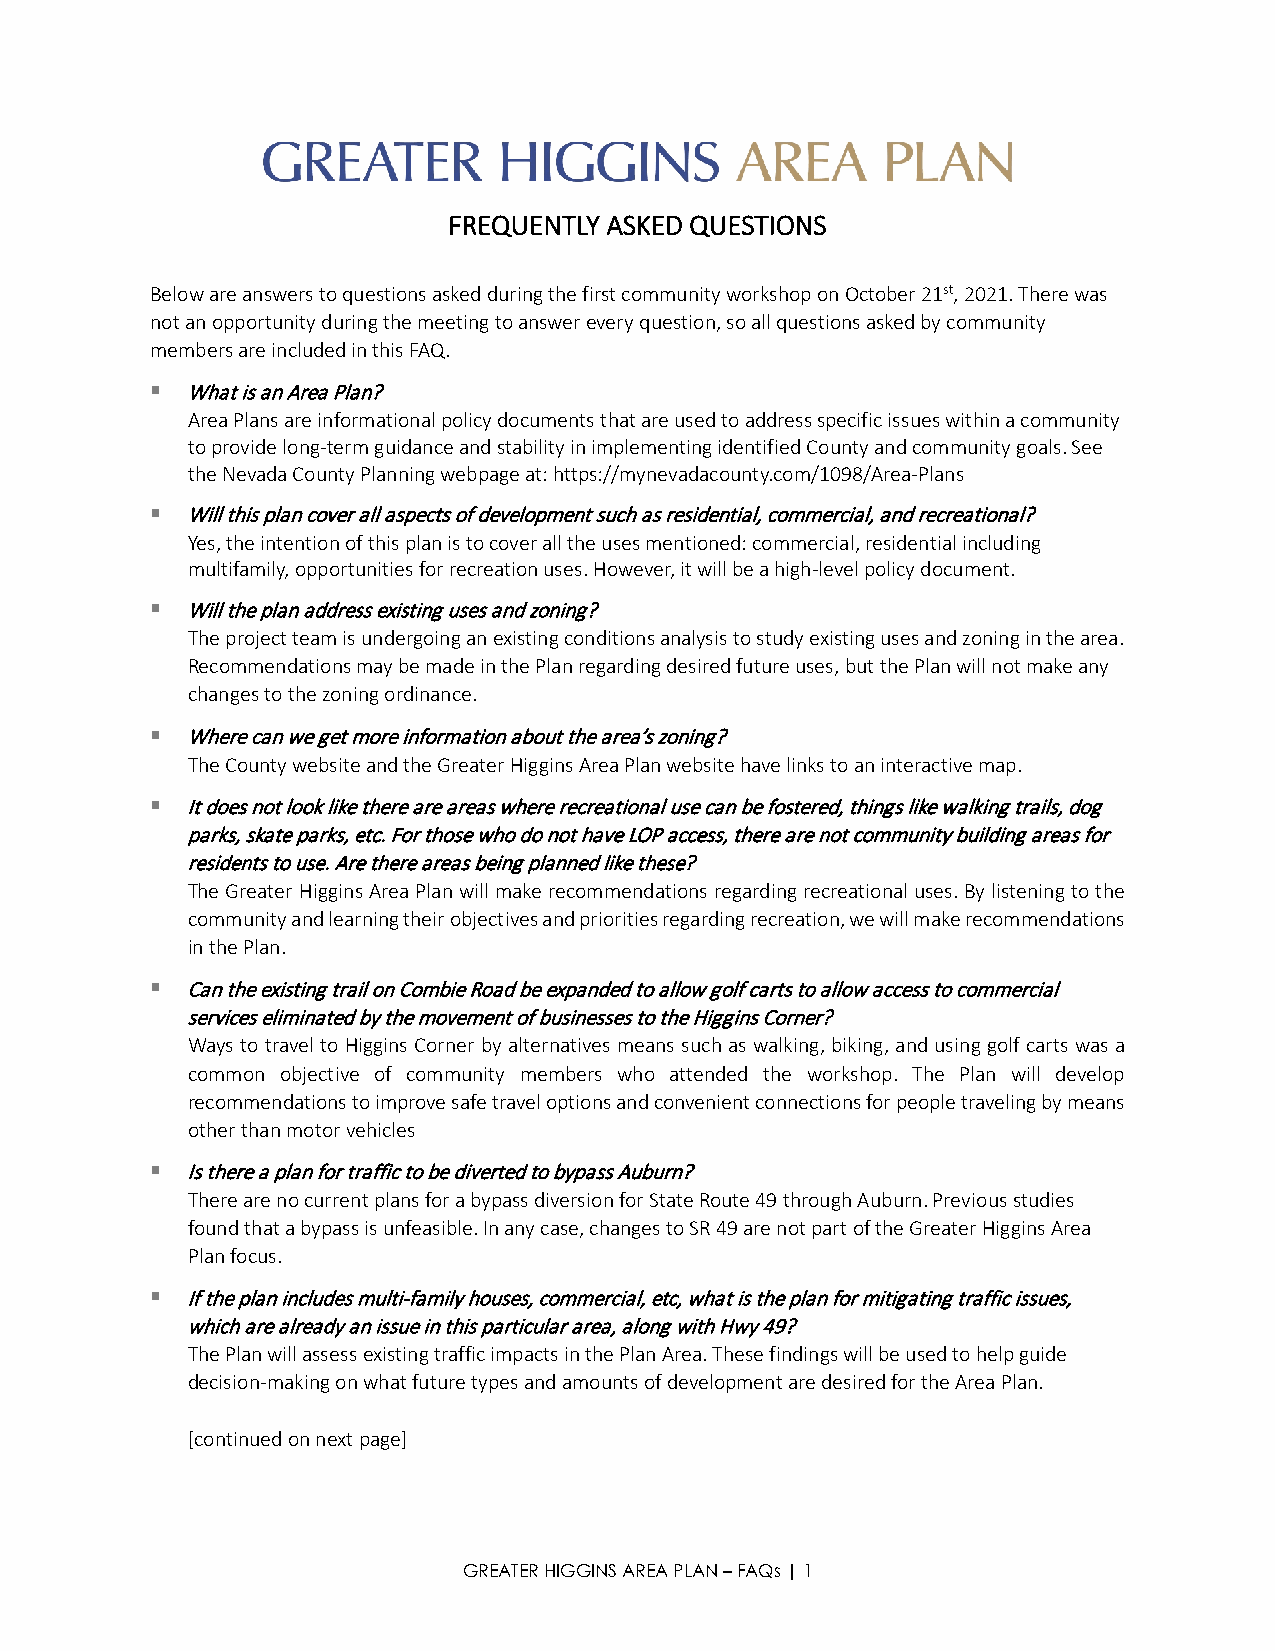
FREQUENTLY ASKED QUESTIONS
 Below are answers to questions asked during the first community workshop on October 21st, 2021. There was
 not an opportunity during the meeting to answer every question, so all questions asked by community
 members are included in this FAQ.
  What is an Area Plan?
 Area Plans are informational policy documents that are used to address specific issues within a community
 to provide long-term guidance and stability in implementing identified County and community goals. See
 the Nevada County Planning webpage at: https://mynevadacounty.com/1098/Area-Plans
  Will this plan cover all aspects of development such as residential, commercial, and recreational?
 Yes, the intention of this plan is to cover all the uses mentioned: commercial, residential including
 multifamily, opportunities for recreation uses. However, it will be a high-level policy document.
  Will the plan address existing uses and zoning?
 The project team is undergoing an existing conditions analysis to study existing uses and zoning in the area.
 Recommendations may be made in the Plan regarding desired future uses, but the Plan will not make any
 changes to the zoning ordinance.
  Where can we get more information about the area’s zoning?
 The County website and the Greater Higgins Area Plan website have links to an interactive map.
  It does not look like there are areas where recreational use can be fostered, things like walking trails, dog
 parks, skate parks, etc. For those who do not have LOP access, there are not community building areas for
 residents to use. Are there areas being planned like these?
 The Greater Higgins Area Plan will make recommendations regarding recreational uses. By listening to the
 community and learning their objectives and priorities regarding recreation, we will make recommendations
 in the Plan.
  Can the existing trail on Combie Road be expanded to allow golf carts to allow access to commercial
 services eliminated by the movement of businesses to the Higgins Corner?
 Ways to travel to Higgins Corner by alternatives means such as walking, biking, and using golf carts was a
 common objective of community members who attended the workshop. The Plan will develop
 recommendations to improve safe travel options and convenient connections for people traveling by means
 other than motor vehicles
  Is there a plan for traffic to be diverted to bypass Auburn?
 There are no current plans for a bypass diversion for State Route 49 through Auburn. Previous studies
 found that a bypass is unfeasible. In any case, changes to SR 49 are not part of the Greater Higgins Area
 Plan focus.
  If the plan includes multi-family houses, commercial, etc, what is the plan for mitigating traffic issues,
 which are already an issue in this particular area, along with Hwy 49?
 The Plan will assess existing traffic impacts in the Plan Area. These findings will be used to help guide
 decision-making on what future types and amounts of development are desired for the Area Plan.
 [continued on next page]
 GREATER HIGGINS AREA PLAN – FAQs | 1